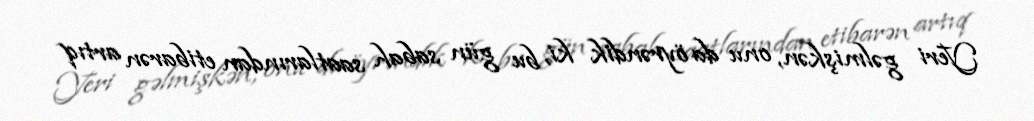
Yeri gəlmişkən, onu da öyrəndik ki, bu gün sabah saatlarından etibarən artıq